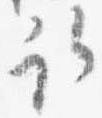
取